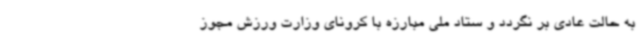
به حالت عادی بر نگردد و ستاد ملی مبارزه با کرونای وزارت ورزش مجوز